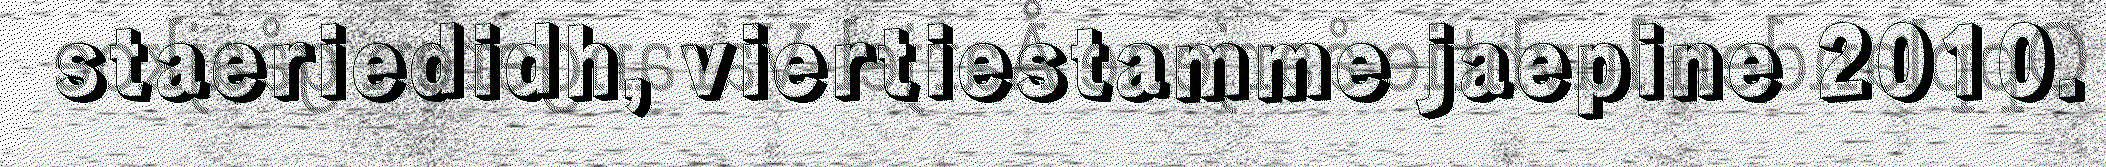
staeriedidh, viertiestamme jaepine 2010.